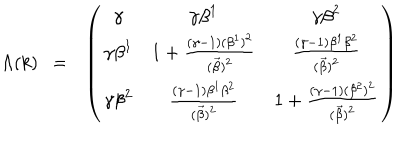
\Lambda ( k ) ~ ~ = ~ ~ \left( \begin{array} { c c c } { { { \gamma } } } & { { { \gamma } { \beta } ^ { 1 } } } & { { { \gamma } { \beta } ^ { 2 } } } \\ { { { \gamma } { \beta } ^ { 1 } } } & { { 1 + \frac { ( { \gamma } - 1 ) ( { \beta } ^ { 1 } ) ^ { 2 } } { ( \vec { \beta } ) ^ { 2 } } } } & { { \frac { ( { \gamma } - 1 ) { \beta } ^ { 1 } { \beta } ^ { 2 } } { ( \vec { \beta } ) ^ { 2 } } } } \\ { { { \gamma } { \beta } ^ { 2 } } } & { { \frac { ( { \gamma } - 1 ) { \beta } ^ { 1 } { \beta } ^ { 2 } } { ( \vec { \beta } ) ^ { 2 } } } } & { { 1 + \frac { ( { \gamma } - 1 ) ( { \beta } ^ { 2 } ) ^ { 2 } } { ( \vec { \beta } ) ^ { 2 } } } } \\ \end{array} \right)